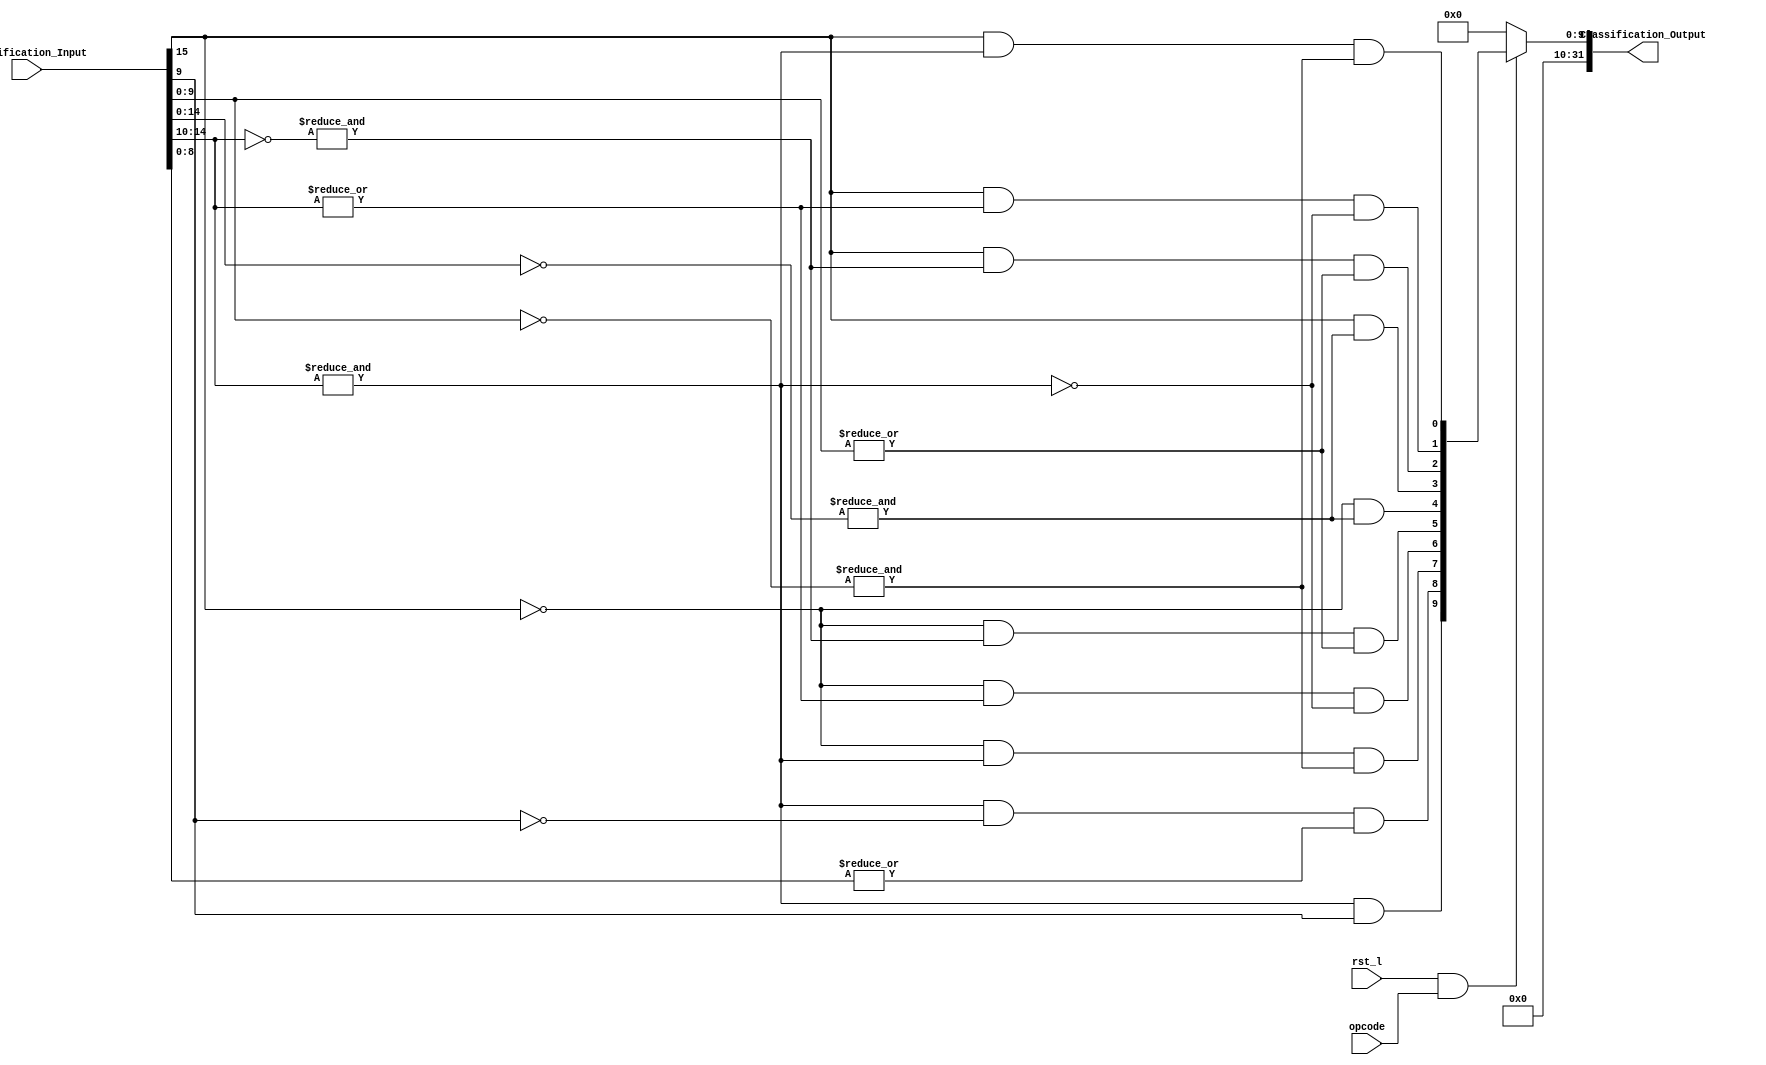
module FPU_Fclass (Classification_Input,rst_l,Classification_Output,opcode);
  
  
  // Parameters
  parameter Std = 15; // Std = Std - 1
  parameter Man = 9; // Mantissa  
  
  // Inputs 
  input [Std:0] Classification_Input;
  input rst_l;
  input opcode;

  // Outputs
   output [31:0] Classification_Output;

  //wires
  wire Classification_Qnan_Output,Classification_Snan_Output,Classification_Pos_Infinity_Output,Classification_Pos_Normal_Output, Classification_Pos_Subnormal_Output,Classification_Pos_Zero_Output,Classification_Neg_Zero_Output,Classification_Neg_Subnormal_Output,Classification_Neg_Normal_Output,Classification_Neg_Infinity_Output; 



  // Check to see if reset is either high or low
  assign Classification_Output = (rst_l & opcode ) ? { {22{1'b0}},  Classification_Qnan_Output,Classification_Snan_Output,Classification_Pos_Infinity_Output,Classification_Pos_Normal_Output, Classification_Pos_Subnormal_Output,Classification_Pos_Zero_Output,Classification_Neg_Zero_Output,Classification_Neg_Subnormal_Output,Classification_Neg_Normal_Output,Classification_Neg_Infinity_Output} : {32{1'b0}};
  
  
  // -ve infinity
  assign Classification_Neg_Infinity_Output = Classification_Input[Std] & (&(Classification_Input[Std-1:Man+1])) & (&(~Classification_Input[Man:0])); 
  
  
  // +ve infinity
  assign Classification_Pos_Infinity_Output = ~Classification_Input[Std] & (&(Classification_Input[Std-1:Man+1])) & (&(~Classification_Input[Man:0]));
  
  
  // -ve 0
  assign Classification_Neg_Zero_Output = Classification_Input[Std] & (&(~Classification_Input[Std-1:0]));
  
  
  // +ve 0
  assign Classification_Pos_Zero_Output = ~Classification_Input[Std] & (&(~Classification_Input[Std-1:0]));
  
  
  // snan
  assign Classification_Snan_Output = &(Classification_Input[Std-1:Man+1]) & (~Classification_Input[Man]) & (|(Classification_Input[Man-1:0]));
  
  
  // qnan
  assign Classification_Qnan_Output = &(Classification_Input[Std-1:Man+1]) & Classification_Input[Man] ;
  
  
  // +ve normal 
  assign Classification_Pos_Normal_Output = ( (~Classification_Input[Std]) & ( |(Classification_Input[Std-1:Man+1]) )   ) & (~(& Classification_Input[Std-1:Man+1]))  ;

  
  // -ve normal
  assign Classification_Neg_Normal_Output =  ( (Classification_Input[Std]) & (|(Classification_Input[Std-1:Man+1]))  ) & (~(& Classification_Input[Std-1:Man+1])) ;
  
  
  // +ve subnormal
  assign Classification_Pos_Subnormal_Output = ~Classification_Input[Std] & (&(~Classification_Input[Std-1:Man+1])) & (|(Classification_Input[Man:0]));
  
  
  // -ve subnormal
  assign Classification_Neg_Subnormal_Output = Classification_Input[Std] & (&(~Classification_Input[Std-1:Man+1])) & (|(Classification_Input[Man:0]));
  
endmodule